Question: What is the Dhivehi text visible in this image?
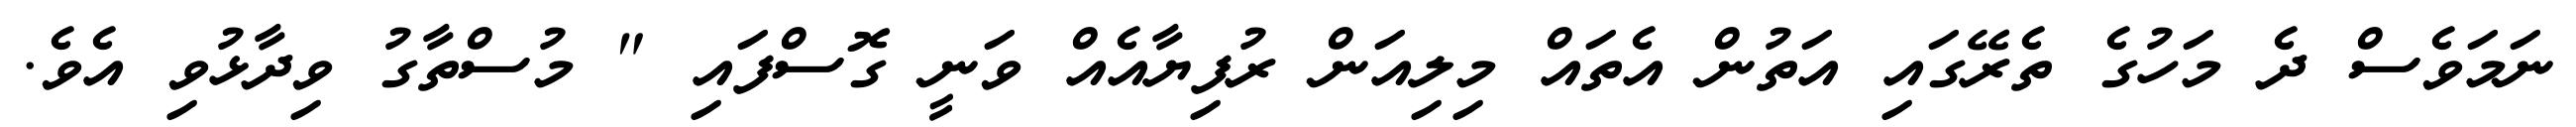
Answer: ނަމަވެސް ދެ މަހުގެ ތެރޭގައި އަތުން އެތައް މިލިއަން ރުފިޔާއެއް ވަނީ ގޮސްފައި " މުސްތާގު ވިދާޅުވި އެވެ.